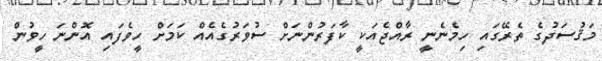
މަޤުސަދުގެ ތެރޭގައި ހިމެނެނީ ރާއްޖެއަކީ ކާފަރުންނަށް ސުވަރުގެއެއް ކަމަށް ހީވެފައި އޮންނަ ހީވުން